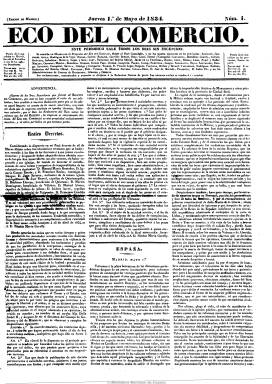
Título: El Eco del comercio
Colección: Periódicos anteriores a 1850
Ámbito geográfico: Madrid
Lugar de publicación: Madrid
Fechas: 01/05/1834-11/12/1849

Con la muerte de Fernando VII y el final del absolutismo, y la asunción de la Regente María Cristina del título de Reina Gobernadora por la minoría de edad de Isabel II, se iniciará la transición hacia el Estado liberal al mismo tiempo que se produce un “nacimiento” de la prensa española al estilo de la europea que, en su tratamiento formal y carácter político, durará todo el siglo XIX. El Eco del comercio será el modelo más destacado de esa prensa informativa y política que, en este caso, se convertirá en el más cualificado órgano del liberalismo avanzado a través del cual se formará el Partido Progresista.

 Aunque se dice que es continuador del Boletín de comercio (1832-1834), que había sido el periódico más combativo del despotismo ilustrado que había significado el ministerio de Francisco Cea Bermúdez en los estertores del reinado fernandino, sólo lo será así en cuanto su cuerpo redaccional será el que figure en la fundación del Eco, pues con las nuevas leyes de imprenta del periodo cristino este periódico adoptará ya la fórmula empresarial para su edición, que será distinta a la de su predecesor ideológico, que es suprimido el 30 de marzo de 1834.

El Eco del comercio nace el uno de mayo de este año, siendo su fundador y director Fermín Caballero, así como su principal redactor junto con Ángel Iznardi durante los primeros años. Fermín Caballero, que escribió asiduamente en la publicación, dejó escrito en unas notas autobiográficas recogidas en Pericia Geográfica de Miguel de Cervantes (edición de 1918): ‘el 1º de mayo fundo El Eco del Comercio, que tan famoso llegó a ser y tan antiguo’.

Pero también resaltan posteriormente en su redacción otros prohombres de las letras y la política del progresismo español, como Joaquín María López y Félix de Bona, así como los también periodistas Mateo Aillón, Juan Bautista Alonso, Antonio Collantes Bustamante, Juan Meca, Antonio Ramírez Arcas, Fermín Verlanga, y los historiadores Manuel Díez Ilarraza y Fernando de Corradi, entre otros.

No dejará de aparecer ningún día, aunque a lo largo de su dilatada existencia –tres lustros- dejará de salir los domingos o los lunes. Será un periódico de gran tamaño (que variará a partir del uno de julio y seis de noviembre de 1837 y de uno de diciembre de 1846), de tipografía pequeña, de cuatro páginas y a varias columnas (a 2, 3, 4 y hasta 5).

La división de sus contenidos será asimismo establecida a través del método de las secciones fijas: Noticias de España, Noticias de provincias (con epígrafes para cada una), Noticias del extranjero (encabezadas por cada país), Noticias oficiales (legislación y otras normativas), Noticias comerciales, Cortes, Miscelánea, Anuncios, etc. Estos, ubicados al final de la cuarta plana, cada vez irán ocupando más espacio, a los que se le irá tratando con llamativos alardes tipográficos.

El faldón de la primera página será dedicado a la crítica y creación intelectual y artística, que después será ocupado por el naciente folletín, que ocupará también el faldón de la segunda página. En las páginas centrales se ubicarán las noticias nacionales y extranjeras, pero también el artículo político y de fondo, que en este caso siempre irá encabezado con su data. Y la última será dedicada, además de la a publicidad naciente, que al principio sólo será de bibliografía para después ir apareciendo la comercial, a los asuntos más livianos (sucesos, tribunales, espectáculos) y también a las noticias económicas. Asimismo, se establecerá la sección Revista de prensa.

A lo largo de su vida será el periódico de la oposición ministerial por antonomasia, con Martínez de la Rosa, con el conde de Toreno e, incluso, durante la Regencia de Espartero (1840-1843), alienándose con los “trinitarios”, ya que anteriormente había aplaudido el nombramiento como primer ministro de Mendizábal, mostrándose siempre favorable de la amortización de los bienes eclesiásticos y nacionales.

Tuvo varias épocas; la primera acabó el 31 de agosto de 1842, cuando la propiedad pasó a Manuel Francisco Mendialdua. Desde el 23 de diciembre de 1843 pasó a manos de Fernando de Corradi y José Gálvez Cañero, hasta su reaparición el 25 de abril de 1844, después de haber estado suspendido desde el nueve de febrero de ese año. Su segunda época se prolonga hasta el 27 de abril de 1848, al ser suspendido nuevamente, y la última será la más breve: desde el 15 de octubre al 11 de diciembre de 1849, fecha de su desaparición.

Además de la de Madrid, publicó una edición de provincias, así como un suplemente de ocho páginas de carácter literario y político-satírico, desde el 16 de mayo de 1844 al cuatro de mayo de 1845, que editaba los jueves y los sábados.

Al principio fue estampado en la Imprenta de Tomás y Jordán, pero durante la mayor parte de su existencia contó con una propia, aunque también salió de la de Pablo Bustamante. Como editores responsables –la figura administrativo-política que nace estos años con las diferentes leyes de imprenta- aparecen Mariano de la Paz García, L.D.G. de Soto, Juan Rebollo y Manuel Liendo.

Con su desaparición, será El clamor público (1844-1864) quien mantenga la antorcha de la defensa y difusión de las ideas políticas de la revolución burguesa inspirada por el partido progresista español.

[Descripción modificada el 23/11/2022]